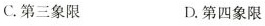
C.第三象限 D.第四象限